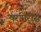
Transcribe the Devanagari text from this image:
परमिरीस